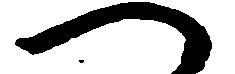
へ